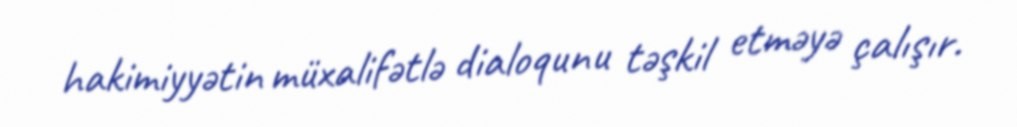
hakimiyyətin müxalifətlə dialoqunu təşkil etməyə çalışır.